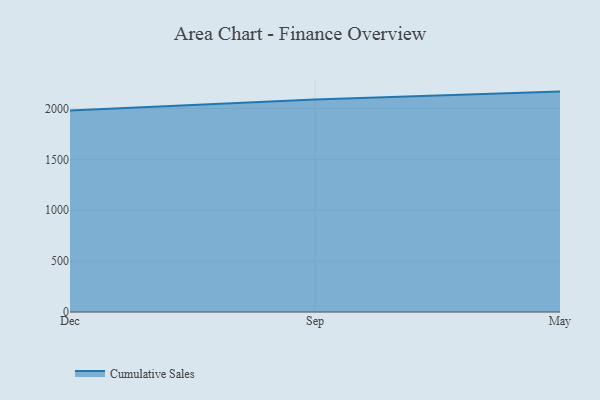
{"axis": {"x": "Month", "y": "Backlog"}, "legend": ["Cumulative Sales"], "data": [{"x": "Dec", "y": 1979.7, "type": "Cumulative Sales"}, {"x": "Sep", "y": 2089.8, "type": "Cumulative Sales"}, {"x": "May", "y": 2166.3, "type": "Cumulative Sales"}]}